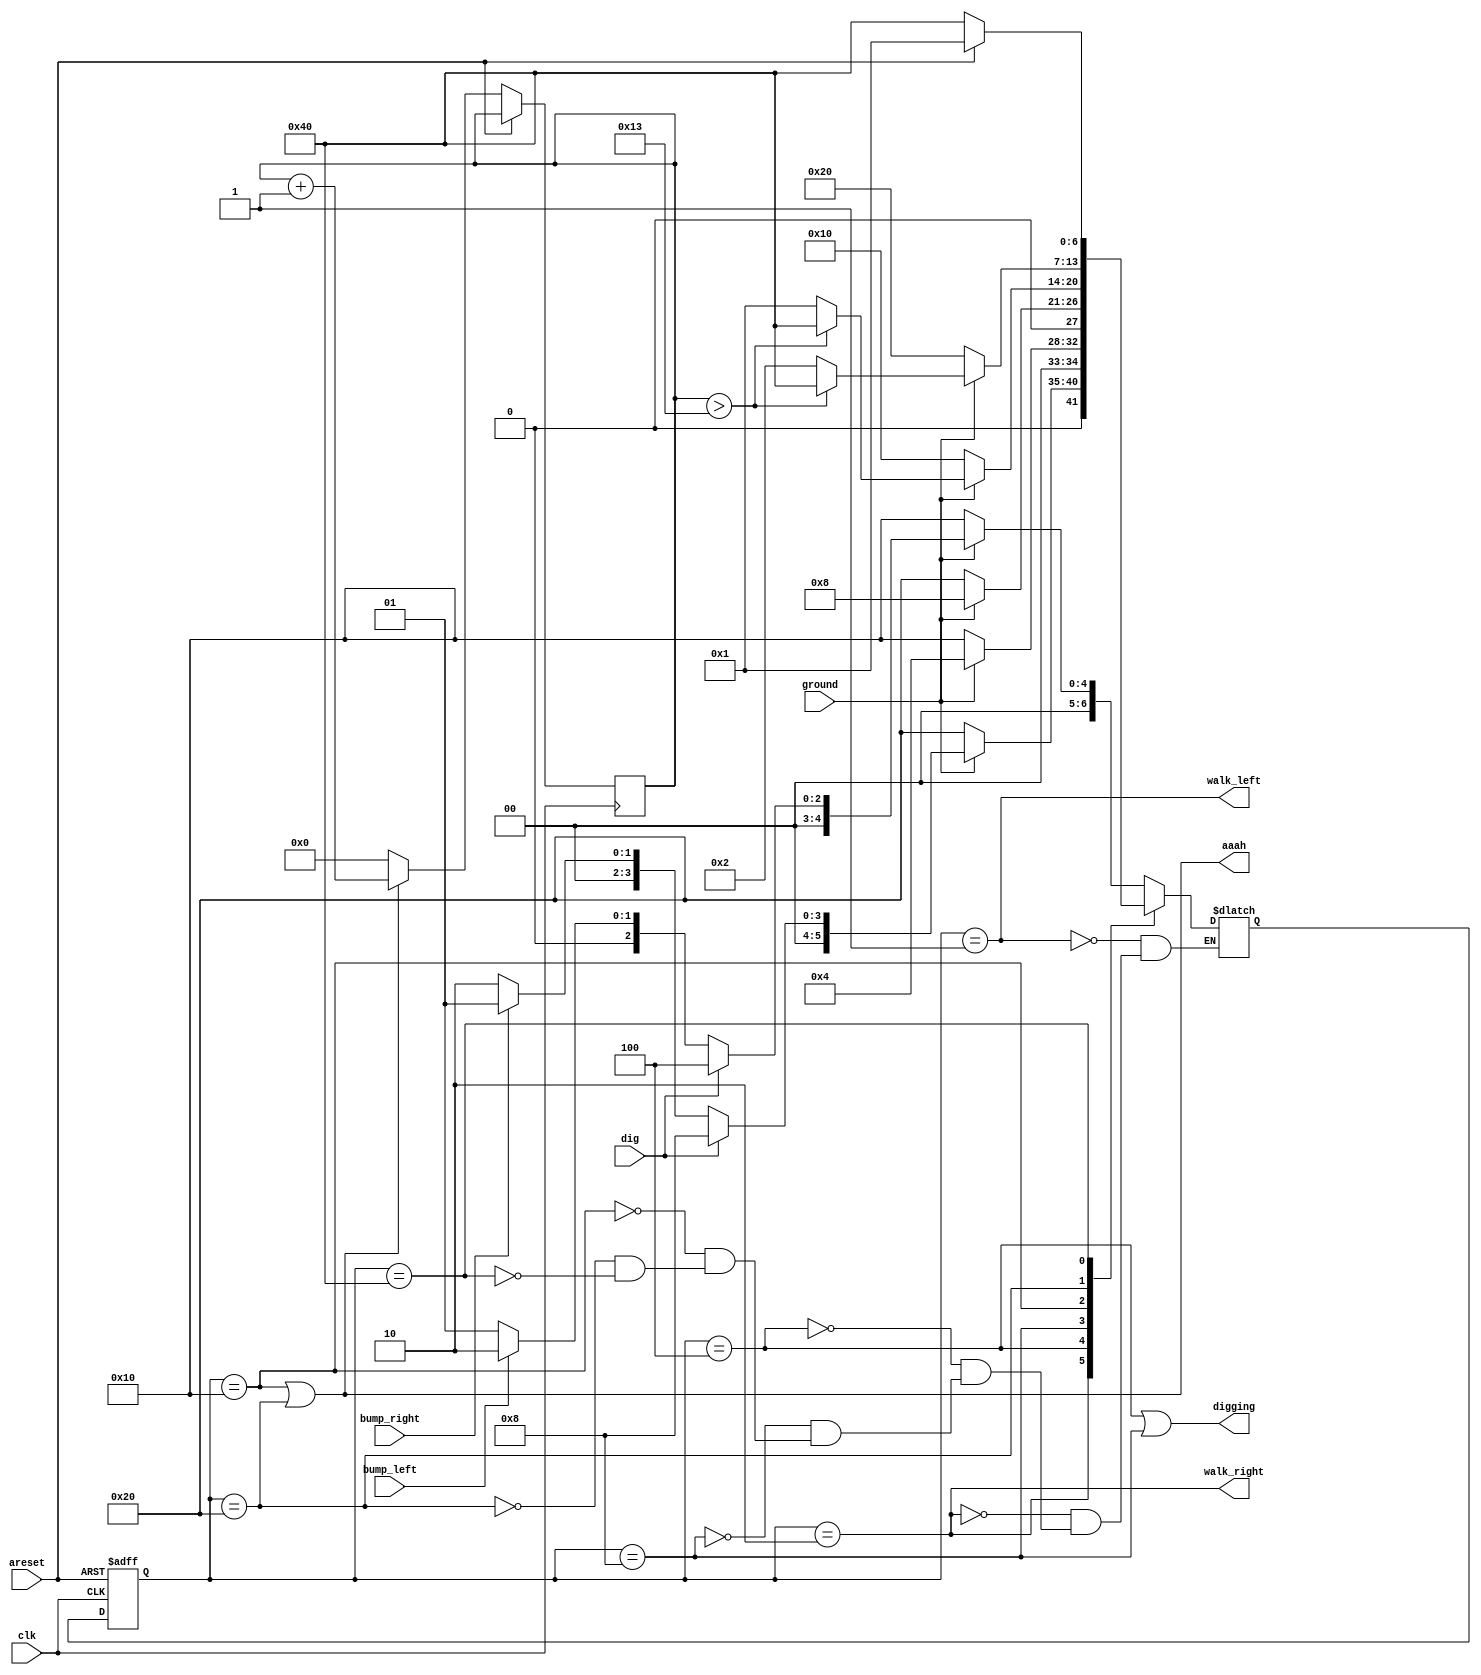
module top_module(
    input clk,
    input areset,    // Freshly brainwashed Lemmings walk left.
    input bump_left,
    input bump_right,
    input ground,
    input dig,
    output walk_left,
    output walk_right,
    output aaah,
    output digging ); 
    
    reg [6:0] state, next_state;
    reg [31:0] counter;
    
    parameter
    	Left = 7'b0000001, Right = 7'b0000010, left_Dig = 7'b0000100, right_Dig = 7'b0001000, left_Fall = 7'b0010000, right_Fall = 7'b0100000, Splat = 7'b1000000;
    
    always @ (posedge clk or posedge areset) begin
        if (areset)
            state <= Left;
        else
            begin
            	state <= next_state;
                if (state==left_Fall | state==right_Fall)
                    counter <= counter + 1;
                else
                    counter <= 0;
            end
    end
    
    always @ (*) begin
        case (state)
            Left: begin
                if (~ground)
                    next_state = left_Fall;
                else
                    next_state = dig?left_Dig:(bump_left?Right:Left);
            end
            
            Right: begin
                if (~ground)
                    next_state = right_Fall;
                else
                    next_state = dig?right_Dig:(bump_right?Left:Right);
            end
            
            left_Dig: begin
                if (~ground)
                    next_state = left_Fall;
                else
                    next_state = left_Dig;
            end
            
            right_Dig: begin
                if (~ground)
                    next_state = right_Fall;
                else
                    next_state = right_Dig;
            end
            
            left_Fall: begin
                if (~ground) begin
                    next_state = left_Fall;
                end
                else
                    next_state = (counter>19)?Splat:Left;
            end
            
            right_Fall: begin
                if (~ground) begin
                    next_state = right_Fall;
                end
                else
                    next_state = (counter>19)?Splat:Right;
            end
            
            Splat: begin
                if (areset)
                    next_state = Left;
                else
                    next_state = Splat;
            end
        endcase
    end
    
    assign walk_left = (state==Left);
    assign walk_right = (state==Right);
    assign aaah = (state==left_Fall) | (state==right_Fall);
    assign digging = (state==left_Dig) | (state==right_Dig);

endmodule

// 
// module top_module(
//     input clk,
//     input areset,    // Freshly brainwashed Lemmings walk left.
//     input bump_left,
//     input bump_right,
//     input ground,
//     input dig,
//     output walk_left,
//     output walk_right,
//     output aaah,
//     output digging ); 

//     reg [5:0] state;
//     reg [31:0] count;
//     parameter
//     	Left=7'b0000001, Right=7'b0000010, Left_full=7'b0000100, Right_full=7'b0001000, Left_dig=7'b0010000, Right_dig=7'b0100000, Dead=7'b1000000;
    
//     always @(posedge clk or posedge areset) begin
//         if (areset) begin
//             count <= 0;
//             state <= Left;
//         end
//         else begin
//             case (state)
//                 Left: begin
//                     if (ground==0)
//                         state <= Left_full;
//                     else begin
//                         if (dig==1)
//                             state <= Left_dig;
//                         else begin
//                             if (bump_left==1)
//                         		state <= Right;
//                             else
//                                 state <= Left;
//                         end
//                     end
//                 end
//                 Right: begin
//                     if (ground==0)
//                         state <= Right_full;
//                     else begin
//                         if (dig==1)
//                             state <= Right_dig;
//                         else begin
//                             if (bump_right==1)
//                                 state <= Left;
//                             else
//                                 state <= Right;
//                             end
//                     end
//                 end
//                 Left_full: begin
//                     if (ground==0) begin
//                         count <= count + 1;
//                         state <= Left_full;
//                     end
//                     else begin
//                         if (count>19)
//                             state <= Dead;
//                         else begin
//                             count <= 0;
//                         	state <= Left;
//                         end
//                     end
//                 end
//                 Right_full: begin
//                     if (ground==0) begin
//                         count <= count + 1;
//                         state <= Right_full;
//                     end
//                     else begin 
//                         if (count>19)
//                             state <= Dead;
//                         else begin
//                         	count <= 0;
//                             state <= Right;
//                         end
//                     end
//                 end
//                 Left_dig: begin
//                     if (ground==0)
//                         state <= Left_full;
//                     else
//                         state <= Left_dig;
//                 end
//                 Right_dig: begin
//                     if (ground==0)
//                         state <= Right_full;
//                     else
//                         state <= Right_dig;
//                 end
//                 Dead:
//                     state <= Dead;
//             endcase
//         end
//     end
    
//     assign walk_left = (state==Left)?1:0;
//     assign walk_right = (state==Right)?1:0;
//     assign aaah = (state==Left_full) | (state==Right_full);
//     assign digging = (state==Left_dig) | (state==Right_dig);
    
                          
// endmodule